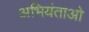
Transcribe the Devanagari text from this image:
अभियंताओ